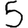
Digit: 5